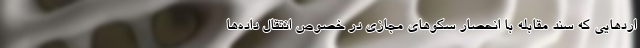
اردهایی که سند مقابله با انحصار سکوهای مجازی در خصوص انتقال داده‌ها